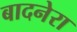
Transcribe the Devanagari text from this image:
बादनेरा